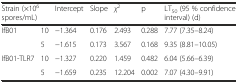
| <COLSPAN=2> Strain (×106spores/mL) | Intercept | Slope | χ2 | p | LT50 (95 % confidence interval) (d) |
 | --- | --- | --- | --- | --- | --- | --- |
 | <ROWSPAN=2> IfB01 | 10 | −1.364 | 0.176 | 2.493 | 0.288 | 7.77 (7.35–8.24) |
 | 5 | −1.615 | 0.173 | 3.567 | 0.168 | 9.35 (8.81–10.05) |
 | <ROWSPAN=2> IfB01-TLR7 | 10 | −1.327 | 0.220 | 1.459 | 0.482 | 6.04 (5.66–6.39) |
 | 5 | −1.659 | 0.235 | 12.204 | 0.002 | 7.07 (4.30–9.91) |